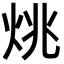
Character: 烑